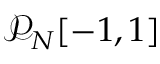
\mathcal { P } _ { N } [ - 1 , 1 ]